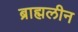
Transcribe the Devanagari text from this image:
ब्राह्मलीन